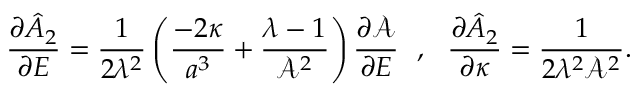
\frac { \partial \hat { A } _ { 2 } } { \partial E } = \frac { 1 } { 2 \lambda ^ { 2 } } \left( \frac { - 2 \kappa } { a ^ { 3 } } + \frac { \lambda - 1 } { \mathcal { A } ^ { 2 } } \right) \frac { \partial \mathcal { A } } { \partial E } ~ ~ , ~ ~ \frac { \partial \hat { A } _ { 2 } } { \partial \kappa } = \frac { 1 } { 2 \lambda ^ { 2 } \mathcal { A } ^ { 2 } } .